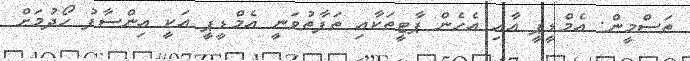
ތަސްމީން: އެމްޑީޕީ އާއި އެހެން ޕާޓީތަކާއި ތަފާތުވަނީ އެމްޑީޕީ އަކީ އިންސާފު ހޯދުމަށް